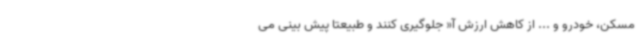
مسکن، خودرو و ... از کاهش ارزش آ« جلوگیری کنند و طبیعتا پیش بینی می